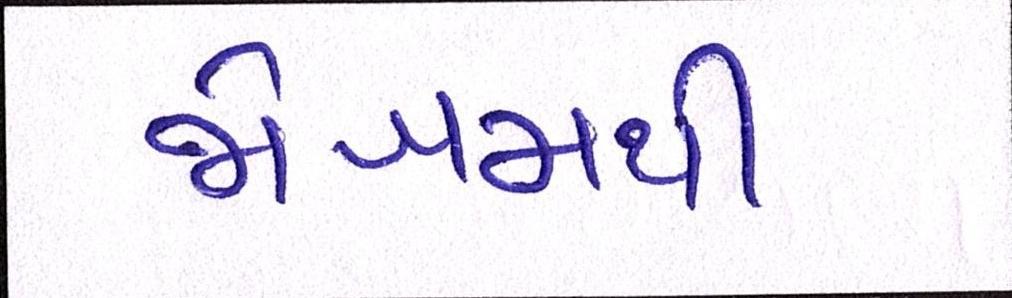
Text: જોખમથી